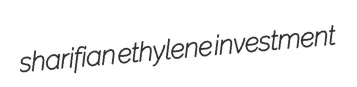
sharifian ethylene investment